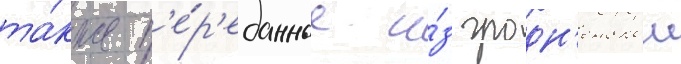
та́кже п'е́р'еданные и́з гродн'енскои